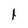
Character: 1